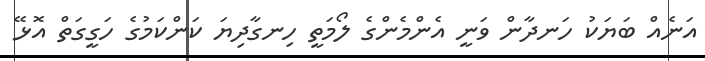
އަނެއް ބަޔަކު ހަނދާން ވަނީ އެންމެންގެ ލޯމަތީ ހިނގާދިޔަ ކަންކަމުގެ ހަގީގަތް އޮޅޭ